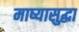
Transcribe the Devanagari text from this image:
माष्यासुद्धा